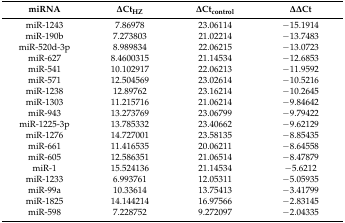
| miRNA | ΔCtHZ | ΔCtcontrol | ΔΔCt |
 | --- | --- | --- | --- |
 | miR-1243 | 7.86978 | 23.06114 | −15.1914 |
 | miR-190b | 7.273803 | 21.02214 | −13.7483 |
 | miR-520d-3p | 8.989834 | 22.06215 | −13.0723 |
 | miR-627 | 8.4600315 | 21.14534 | −12.6853 |
 | miR-541 | 10.102917 | 22.06213 | −11.9592 |
 | miR-571 | 12.504569 | 23.02614 | −10.5216 |
 | miR-1238 | 12.89762 | 23.16214 | −10.2645 |
 | miR-1303 | 11.215716 | 21.06214 | −9.84642 |
 | miR-943 | 13.273769 | 23.06799 | −9.79422 |
 | miR-1225-3p | 13.785332 | 23.40662 | −9.62129 |
 | miR-1276 | 14.727001 | 23.58135 | −8.85435 |
 | miR-661 | 11.416535 | 20.06211 | −8.64558 |
 | miR-605 | 12.586351 | 21.06514 | −8.47879 |
 | miR-1 | 15.524136 | 21.14534 | −5.6212 |
 | miR-1233 | 6.993761 | 12.05311 | −5.05935 |
 | miR-99a | 10.33614 | 13.75413 | −3.41799 |
 | miR-1825 | 14.144214 | 16.97566 | −2.83145 |
 | miR-598 | 7.228752 | 9.272097 | −2.04335 |